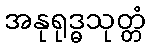
အနုရုဒ္ဓသုတ္တံ